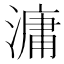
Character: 滽